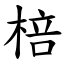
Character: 棓